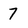
Character: 7